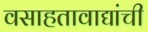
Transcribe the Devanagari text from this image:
वसाहतावाद्यांची